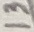
Text: 13